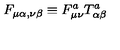
F _ { \mu \alpha , \nu \beta } \equiv F _ { \mu \nu } ^ { a } T _ { \alpha \beta } ^ { a }